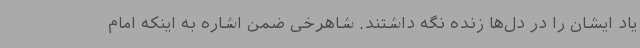
یاد ایشان را در دل‌ها زنده نگه داشتند. شاهرخی ضمن اشاره به اینکه امام